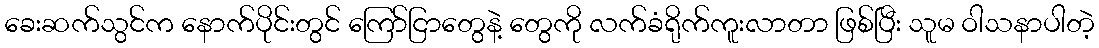
ခေးဆက်သွင်က နောက်ပိုင်းတွင် ကြော်ငြာတွေနဲ့ တွေကို လက်ခံရိုက်ကူးလာတာ ဖြစ်ပြီး သူမ ဝါသနာပါတဲ့